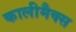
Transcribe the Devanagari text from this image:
कालीमैक्स